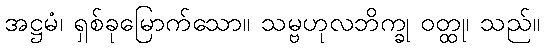
အဋ္ဌမံ၊ ရှစ်ခုမြောက်သော။ သမ္ဗဟုလဘိက္ခု ဝတ္ထု၊ သည်။